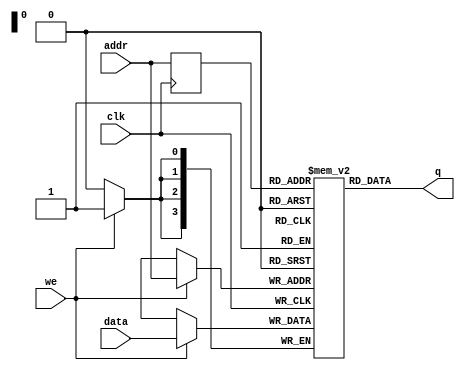
//------------------------------------------------------------------
// Arquivo   : sync_ram_16x4_file.v
// Projeto   : Experiencia 7 - Projeto do Jogo do Desafio da Memria
 
//------------------------------------------------------------------
// Descricao : RAM sincrona 16x4
//
//   - conteudo inicial armazenado em arquivo .txt
//   - descricao baseada em template 'single_port_ram_with_init.v' 
//     do Intel Quartus Prime
//             
//------------------------------------------------------------------
// Revisoes  :
//     Data        Versao  Autor             Descricao
//     02/02/2024  1.0     Edson Midorikawa  versao inicial
//------------------------------------------------------------------
//

module sync_ram_16x4_file2 #(
    parameter BINFILE = "ram_init.txt"
)
(
    input        clk,
    input        we,
    input  [3:0] data,
    input  [3:0] addr,
    output [3:0] q
);

    // Variavel RAM (armazena dados)
    reg [3:0] ram[15:0];

    // Registra endereco de acesso
    reg [3:0] addr_reg;

    // Especifica conteudo inicial da RAM
    // a partir da leitura de arquivo usando $readmemb
    initial 
    begin : INICIA_RAM
        // leitura do conteudo a partir de um arquivo
        //$readmemb(BINFILE, ram);
        ram[0] <= 4'b0001;
        ram[1] <= 4'b1010;
        ram[2] <= 4'b0010;
        ram[3] <= 4'b0100;
        ram[4] <= 4'b0101;
        ram[5] <= 4'b0001;
        ram[6] <= 4'b1010;
        ram[7] <= 4'b1001;
        ram[8] <= 4'b0010;
        ram[9] <= 4'b1000;
        ram[10] <= 4'b0100;
        ram[11] <= 4'b0101;
        ram[12] <= 4'b1100;
        ram[13] <= 4'b0010;
        ram[14] <= 4'b0100;
        ram[15] <= 4'b0101;

    end 

    always @ (posedge clk)
    begin
        // Escrita da memoria
        if (we)
            ram[addr] <= data;

        addr_reg <= addr;
    end

    // Atribuicao continua retorna dado
    assign q = ram[addr_reg];

endmodule